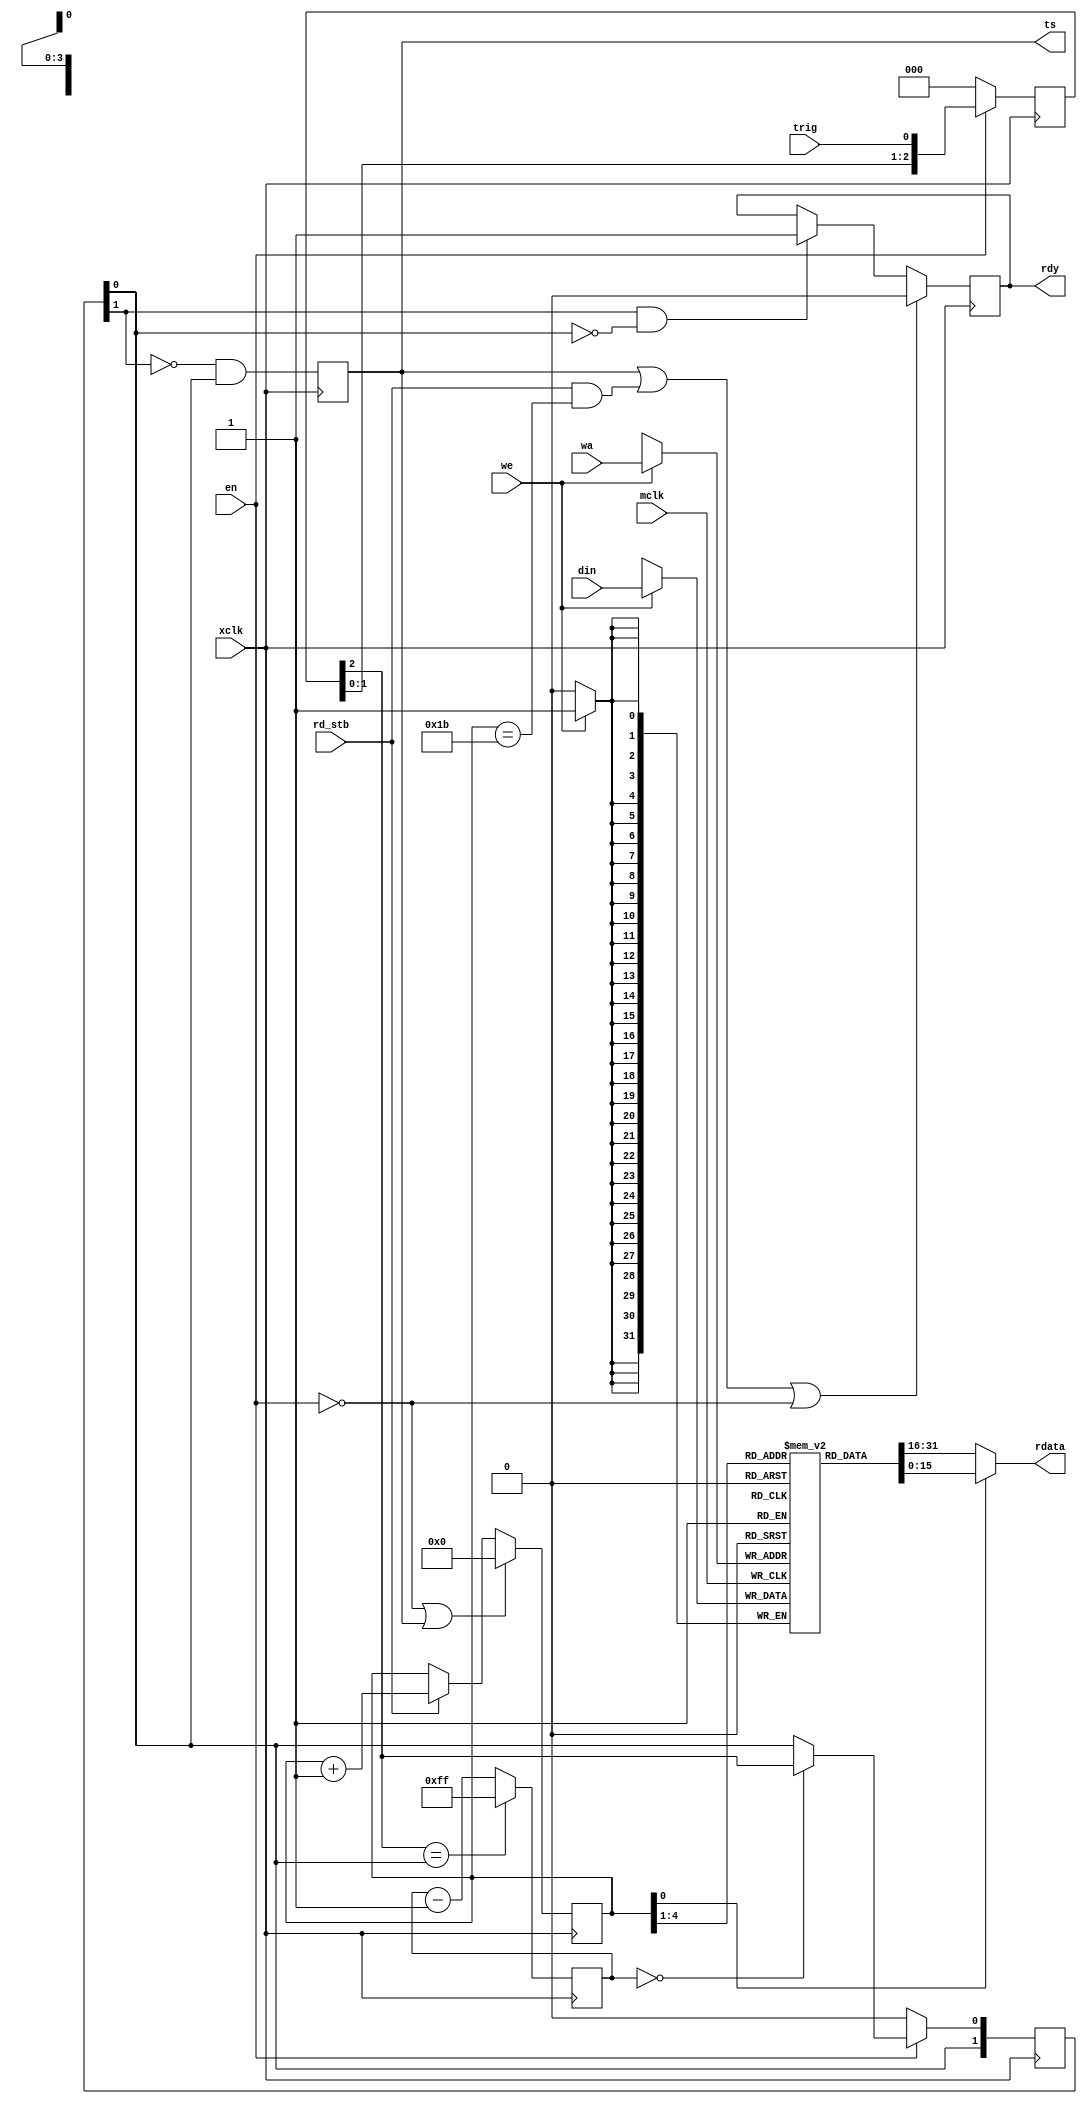
/*!
 * <b>Module:</b>imu_message393
 * @file imu_message393.v
 * @date 2015-07-06  
 * @author Andrey Filippov     
 *
 * @brief Logs events from the odometer (can be software triggered), or other external source.
 *
 * Module includes 56-byte buffer for the received message - it is stored with the timestamp.  
 * It is possible to assert trig input (will request timestamp), write message by software, then
 * de-assert the trig input - message with the timestamp will be logged.
 * Has a fixed-length de-noise circuitry with latency 256*T(xclk) (~3usec)
 *
 * @copyright Copyright (c) 2015 Elphel, Inc.
 *
 * <b>License:</b>
 *
 * imu_message393.v is free software; you can redistribute it and/or modify
 * it under the terms of the GNU General Public License as published by
 * the Free Software Foundation, either version 3 of the License, or
 * (at your option) any later version.
 *
 *  imu_message393.v is distributed in the hope that it will be useful,
 * but WITHOUT ANY WARRANTY; without even the implied warranty of
 * MERCHANTABILITY or FITNESS FOR A PARTICULAR PURPOSE.  See the
 * GNU General Public License for more details.
 *
 * You should have received a copy of the GNU General Public License
 * along with this program.  If not, see <http://www.gnu.org/licenses/> .
 *
 * Additional permission under GNU GPL version 3 section 7:
 * If you modify this Program, or any covered work, by linking or combining it
 * with independent modules provided by the FPGA vendor only (this permission
 * does not extend to any 3-rd party modules, "soft cores" or macros) under
 * different license terms solely for the purpose of generating binary "bitstream"
 * files and/or simulating the code, the copyright holders of this Program give
 * you the right to distribute the covered work without those independent modules
 * as long as the source code for them is available from the FPGA vendor free of
 * charge, and there is no dependence on any encrypted modules for simulating of
 * the combined code. This permission applies to you if the distributed code
 * contains all the components and scripts required to completely simulate it
 * with at least one of the Free Software programs.
 */
`timescale 1ns/1ps

module  imu_message393 (
    input                         mclk,    // system clock, negedge TODO:COnvert to posedge!
    input                         xclk,    // half frequency (80 MHz nominal)
    input                         we,      // write enable for registers to log (@negedge mclk), with lower data half
    input                   [3:0] wa,      // write address for register (4 bits, @negedge mclk)
//    input                  [15:0] di,    // 16-bit data in  multiplexed 
    input                  [31:0] din,     // 32-bit data in, non-multiplexed 
    input                         en,      // enable module operation, if 0 - reset
    input                         trig,    // leading edge - sample time, trailing set rdy
    output                        ts,      // timestamop request
    output                        rdy,     // data ready
    input                         rd_stb,  // data read strobe (increment address)
    output                 [15:0] rdata);  // data out (16 bits)

    reg    [ 4:0] raddr;
    reg           rdy_r=1'b0;
    reg    [ 2:0] trig_d;
    reg    [ 7:0] denoise_count;
    reg    [ 1:0] trig_denoise;
    reg           ts_r;
  
    assign rdy = rdy_r;
    assign ts =  ts_r;
  
    always @ (posedge xclk) begin
        if  (!en) trig_d[2:0] <= 3'h0;
        else      trig_d[2:0] <= {trig_d[1:0], trig};
        
        if      (!en)                      trig_denoise[0] <= 1'b0;
        else if (denoise_count[7:0]==8'h0) trig_denoise[0] <= trig_d[2];
    
        if (trig_d[2]==trig_denoise[0]) denoise_count[7:0] <= 8'hff;
        else                            denoise_count[7:0] <= denoise_count[7:0] - 1;
    
        trig_denoise[1] <= trig_denoise[0];
    
        ts_r <= !trig_denoise[1] && trig_denoise[0];
    
        if (!en || ts_r)    raddr[4:0] <= 5'h0;
        else if (rd_stb)    raddr[4:0] <= raddr[4:0] + 1;
    
        if  (ts_r || (rd_stb && (raddr[4:0]==5'h1b)) || !en) rdy_r <= 1'b0;
        else if (trig_denoise[1] && !trig_denoise[0])        rdy_r <= 1'b1;
    end

    reg     [31:0] odbuf0_ram[0:15];
    wire    [31:0] odbuf0_ram_out;
    always @ (posedge mclk) if (we) begin
        odbuf0_ram[wa[3:0]] <= din[31:0];
    end
    assign odbuf0_ram_out = odbuf0_ram[raddr[4:1]];
    assign rdata[15:0] = raddr[0] ? odbuf0_ram_out[15:0] : odbuf0_ram_out[31:16];

endmodule